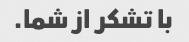
با تشکر از شما.